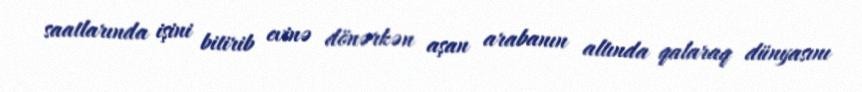
saatlarında işini bitirib evinə dönərkən aşan arabanın altında qalaraq dünyasını